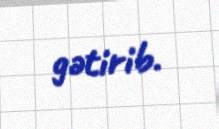
gətirib.